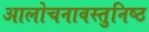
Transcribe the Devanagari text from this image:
आलोचनावस्तुनिष्ठ